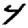
Digit: 4